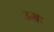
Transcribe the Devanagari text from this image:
उग्रः